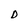
Character: D